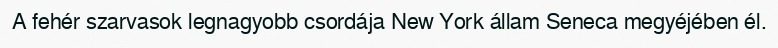
A fehér szarvasok legnagyobb csordája New York állam Seneca megyéjében él.